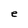
Character: e